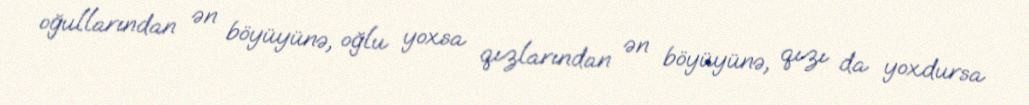
oğullarından ən böyüyünə, oğlu yoxsa qızlarından ən böyüyünə, qızı da yoxdursa